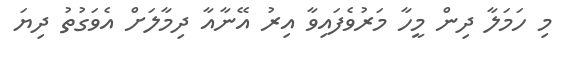
މި ހަމަލާ ދިން މީހާ މަރުވެފައިވާ އިރު އޭނާއާ ދިމާލަށް އެވަގުތު ދިޔަ